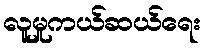
လူမှုကယ်ဆယ်ရေး